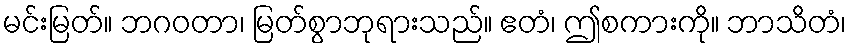
မင်းမြတ်။ ဘဂဝတာ၊ မြတ်စွာဘုရားသည်။ ဧတံ၊ ဤစကားကို။ ဘာသိတံ၊